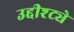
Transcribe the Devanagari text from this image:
उद्दीश्ट्ये